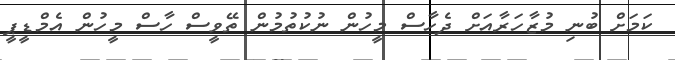
ކަމަށް ބުނި މުޒާހަރާއަށް ދެހާސް މީހުން ނުކުތުމުން ތޭވީސް ހާސް މީހުން އެމްޑީޕީ